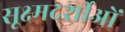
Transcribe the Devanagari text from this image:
सूक्ष्मदर्शीओं